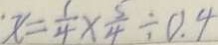
x = \frac { 1 } { 4 } \times \frac { 5 } { 4 } \div 0 . 4